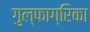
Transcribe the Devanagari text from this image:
गुल्फाग्रिका